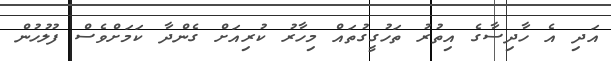
އަދި އެ ހާދިސާގެ އިތުރު ތަހުގީގުތައް މިހާރު ކުރިއަށް ގެންދާ ކަމަށްވެސް ފުލުހުން